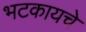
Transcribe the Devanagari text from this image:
भटकायचे